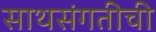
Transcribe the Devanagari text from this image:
साथसंगतीची